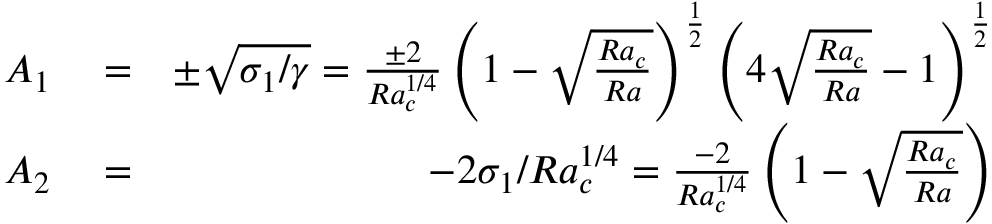
\begin{array} { r l r } { A _ { 1 } } & { { } = } & { \pm \sqrt { \sigma _ { 1 } / \gamma } = \frac { \pm 2 } { R a _ { c } ^ { 1 / 4 } } \left( 1 - \sqrt { \frac { R a _ { c } } { R a } } \right) ^ { \frac { 1 } { 2 } } \left( 4 \sqrt { \frac { R a _ { c } } { R a } } - 1 \right) ^ { \frac { 1 } { 2 } } } \\ { A _ { 2 } } & { { } = } & { - 2 \sigma _ { 1 } / R a _ { c } ^ { 1 / 4 } = \frac { - 2 } { R a _ { c } ^ { 1 / 4 } } \left( 1 - \sqrt { \frac { R a _ { c } } { R a } } \right) } \end{array}